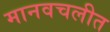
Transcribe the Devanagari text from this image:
मानवचलीत